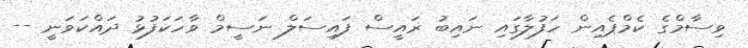
ވިސާމްގެ ކެމްޕެއިން ހަފުލާގައި ނައިބު ރައީސް ފައިސަލް ނަސީމް ވާހަކަފުޅު ދައްކަވަނީ --